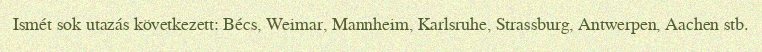
Ismét sok utazás következett: Bécs, Weimar, Mannheim, Karlsruhe, Strassburg, Antwerpen, Aachen stb.